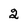
Character: 2